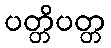
ပတ္တိပတ္တ